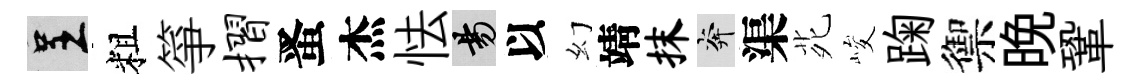
呈粗箏摺󱉠杰怯昜以幻靖抹奔渠𫟍峻踘禦晩鞏